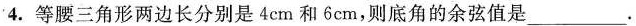
4.等腰三角形两边长分别是4cm和6cm，则底角的余弦值是___.